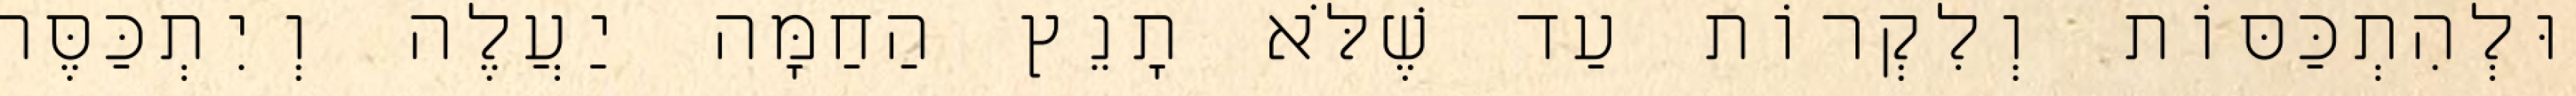
וּלְהִתְכַּסּוֹת וְלִקְרוֹת עַד שֶׁלֹּא תָנֵץ הַחַמָּה יַעֲלֶה וְיִתְכַּסֶּה